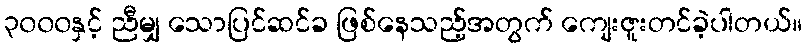
၃၀၀၀နှင့် ညီမျှ သောပြင်ဆင်ခ ဖြစ်နေသည့်အတွက် ကျေးဇူးတင်ခဲ့ပါတယ်။